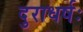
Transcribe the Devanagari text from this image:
दुराधर्षः